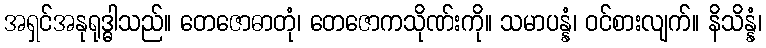
အရှင်အနုရုဒ္ဓါသည်။ တေဇောဓာတုံ၊ တေဇောကသိုဏ်းကို။ သမာပန္နံ၊ ဝင်စားလျက်။ နိသိန္နံ၊